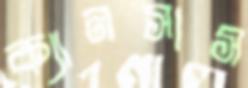
ক্যানসাস